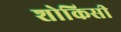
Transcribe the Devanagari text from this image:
शोकिसी